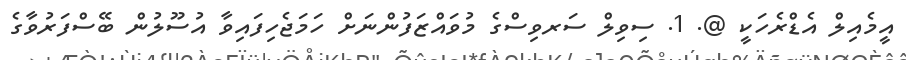
އީމެއިލް އެޑްރެހަކީ @. 1. ސިވިލް ސަރވިސްގެ މުވައްޒަފުންނަށް ހަމަޖެހިފައިވާ އުސޫލުން ބޭސްފަރުވާގެ